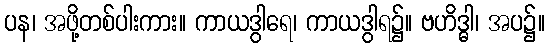
ပန၊ အဖို့တစ်ပါးကား။ ကာယဒွါရေ၊ ကာယဒွါရ၌။ ဗဟိဒ္ဓါ၊ အပ၌။